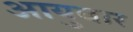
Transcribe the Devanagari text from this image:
आयुवार